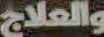
والعلاج